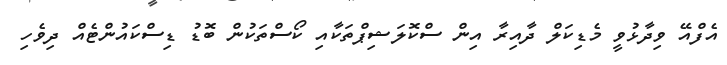
އެފްއޭ ވިދާޅުވީ މެޑިކަލް ދާއިރާ އިން ސްކޮލަޝިޕްތަކާއި ކޯސްތަކުން ބޮޑު ޑިސްކައުންޓެއް ދިވެހި